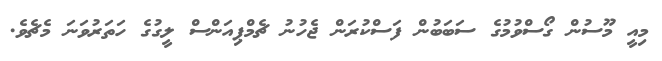
މިއީ މޫސުން ގޯސްވުމުގެ ސަބަބުން ފަސްކުރަން ޖެހުނު ޗެމްޕިއަންސް ލީގުގެ ހަތަރުވަނަ މެޗެވެ.